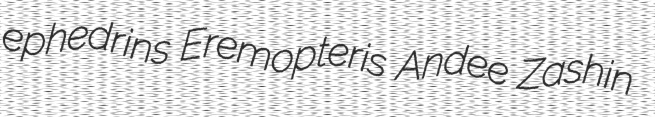
ephedrins Eremopteris Andee Zashin